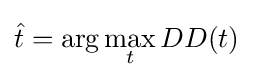
{\hat {t}}=\arg \max _{t}DD(t)